Indian journal of veterinary science and animal husbandry - Volume 5,
Year: 1935
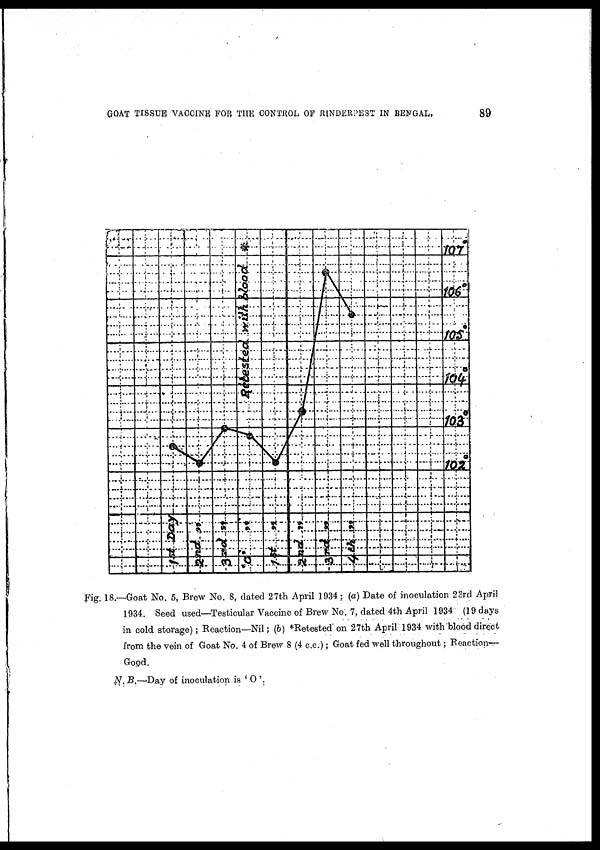
GOAT TISSUE VACCINE FOR THE CONTROL OF RINDERPEST IN BENGAL,
89
Fig. 18.—Goat No. 5, Brew No. 8, dated 27th April 1934 ; (a) Date of inoculation 23rd April
1934. Seed used—Testicular Vaccine of Brew No 7, dated 4th April 1934 (19 days
in cold storage) ; Reaction—Nil ; (b) *Retested on 27th April 1934 with blood direct
from the vein of Goat No. 4 of Brew 8 (4 c.c.) ; Goat fed well throughout ; Reaction—
Good.
N. B.—Day of inoculation is ' O '.